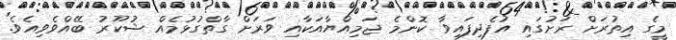
މީގެ އިތުރަށް ރަށުގައި އުފެދިފައިވާ ކޮންމެ ޖަމިއްޔާއަކާއި ވަރަށް ގާތްގުޅުމެއް ޝުކޫރު ބޭއްވެވިއެވެ.